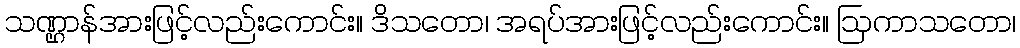
သဏ္ဌာန်အားဖြင့်လည်းကောင်း။ ဒိသတော၊ အရပ်အားဖြင့်လည်းကောင်း။ ဩကာသတော၊